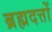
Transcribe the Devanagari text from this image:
ब्रह्मदत्तों